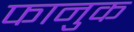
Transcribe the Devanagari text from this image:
फानुक